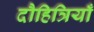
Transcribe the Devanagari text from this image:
दौहित्रियाँ